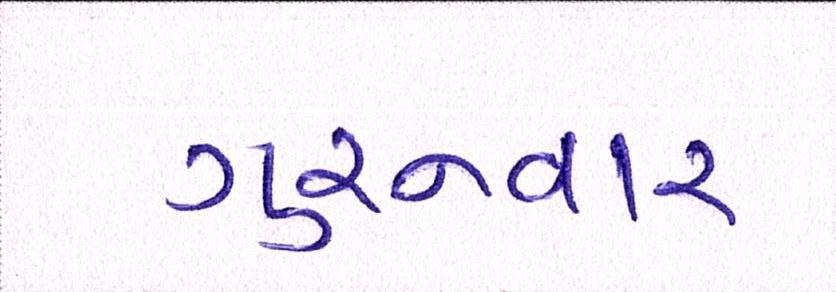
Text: ગુરુવાર